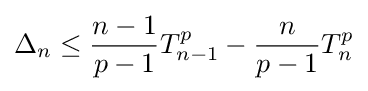
\Delta _{n}\leq {\frac {n-1}{p-1}}T_{n-1}^{p}-{\frac {n}{p-1}}T_{n}^{p}